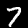
Digit: 7